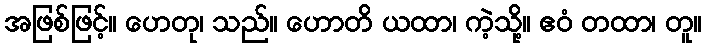
အဖြစ်ဖြင့်။ ဟေတု၊ သည်။ ဟောတိ ယထာ၊ ကဲ့သို့။ ဧဝံ တထာ၊ တူ။